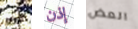
أنك إذن العض